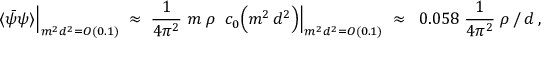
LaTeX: \langle \bar { \psi } \psi \rangle \Big | _ { m ^ { 2 } d ^ { 2 } = { \cal O } ( 0 . 1 ) } \; \approx \; \frac { 1 } { 4 \pi ^ { 2 } } \; m \; \rho \; \; c _ { 0 } \Bigl ( m ^ { 2 } \, d ^ { 2 } \Bigr ) \Big | _ { m ^ { 2 } d ^ { 2 } = { \cal O } ( 0 . 1 ) } \; \approx \; \; 0 . 0 5 8 \; \frac { 1 } { 4 \pi ^ { 2 } } \; \rho \, / \, d \; ,